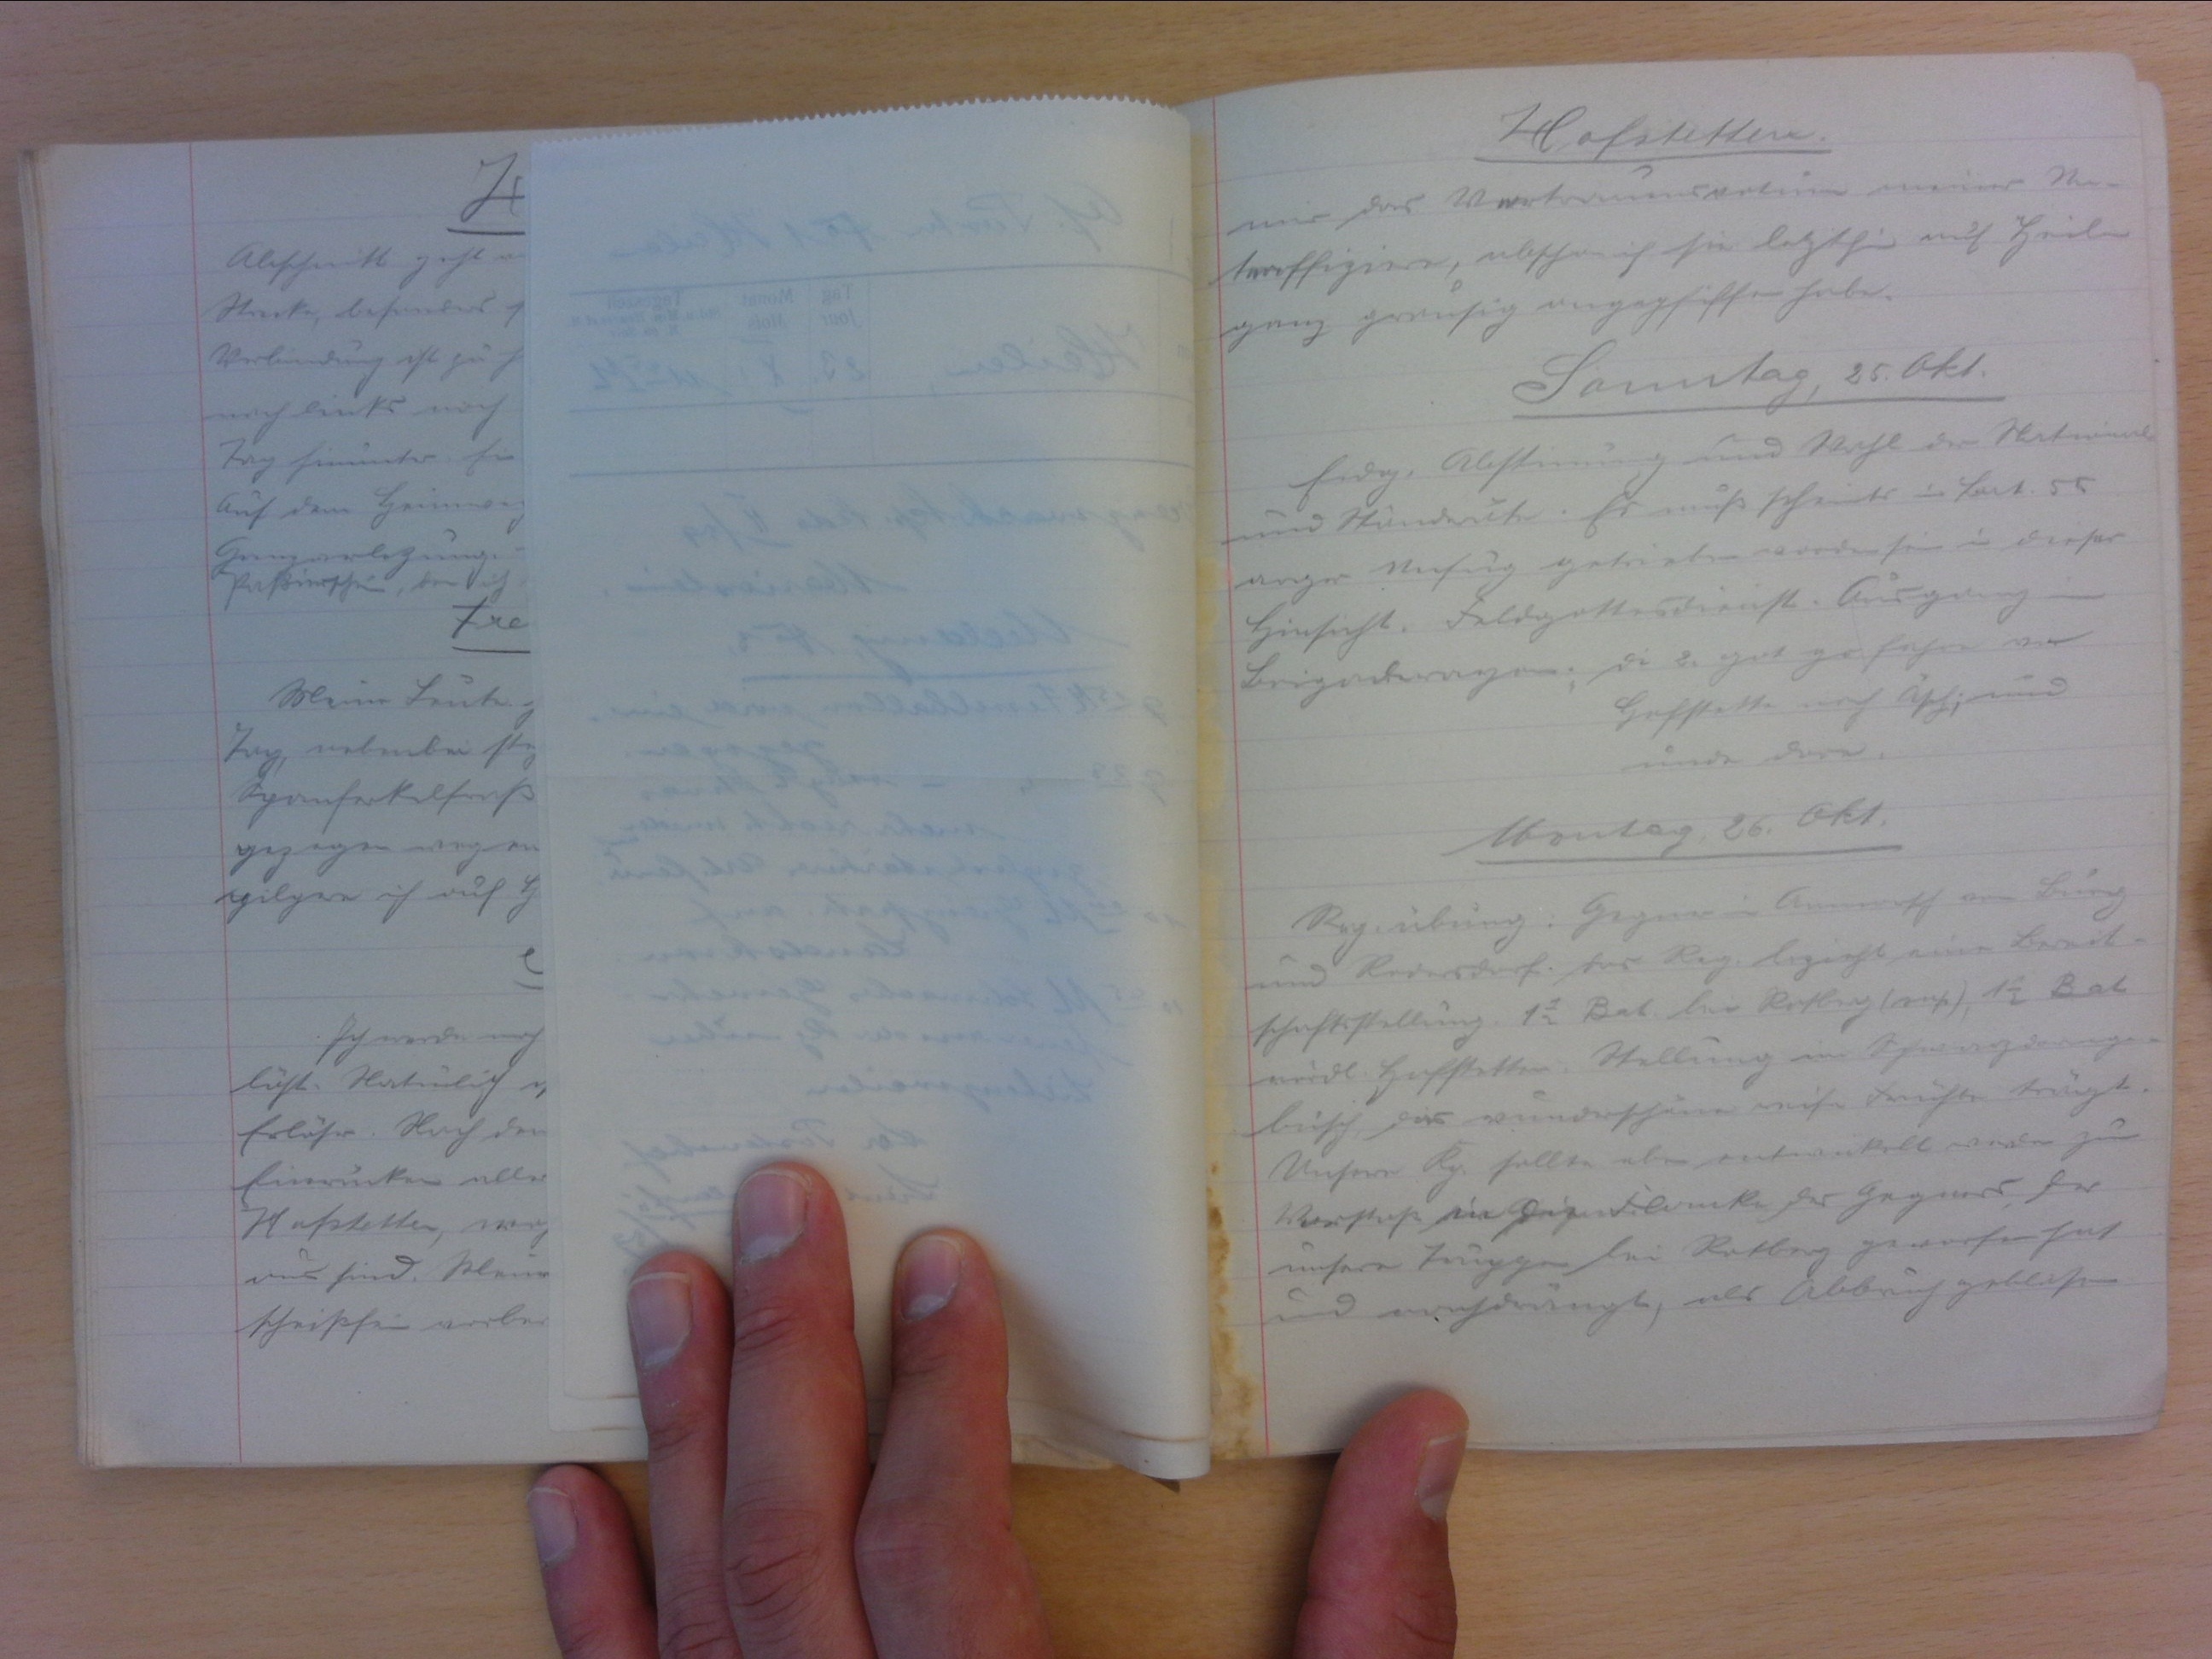
Hofstetten.
mir das Vartramensvotum meiner Nu-
traffiziere, abschan ich sie letzthin auf Heilen
ganz grausig angephüffen habe.
Samntag, 25. Okt.
Eidg. Abstinung und Wahl der Natwonal
und Ständerute. Es muss scheints in Bat. 55
anger Unfug getreeten wordensein in dieser
Hinsicht. Feldgottesdienst: Ausgangen
Beigoberagen; Di 8. gut gefahre vor
Hofstette nach Asch,und
unde dare
Montag, 26. Okt.
Rag. übrng: Gegner in Anorsch von Burg
und Rodersdorf. Das Reg. bezieht eine Berert-
schaftsstellung. 12 Bat. bei Rotbig (ensch, 12 Bat.
wordl Hofstetten. Stellung im Schwarzdernger
busch, das wunderschöne reise drechte trangt.
Unsere Kp. sollte eben entwickelt worden zum
Vorstase ein Pegendlanken des Gegners fer
unsere Truppen lei Rotberg geworfen hat
d nachdrangt, als Abbruch geblasen.